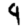
Digit: 9